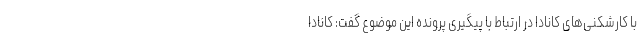
با کارشکنی‌های کانادا در ارتباط با پیگیری پرونده این موضوع گفت: کانادا